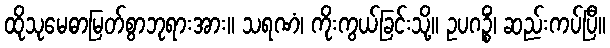
ထိုသုမေဓာမြတ်စွာဘုရားအား။ သရဏံ၊ ကိုးကွယ်ခြင်းသို့။ ဥပဂဉ္စိံ၊ ဆည်းကပ်ပြီ။